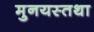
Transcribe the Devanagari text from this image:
मुनयस्तथा